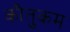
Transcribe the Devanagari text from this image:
कौतुकम